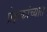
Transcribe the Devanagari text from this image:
प्रेक्षकांच्यात